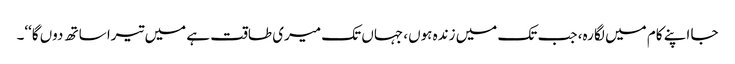
جا اپنے کام میں لگا رہ، جب تک میں زندہ ہوں، جہاں تک میری طاقت ہے میں تیرا ساتھ دوں گا‘‘۔